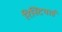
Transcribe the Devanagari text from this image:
रिस्टियार्ड